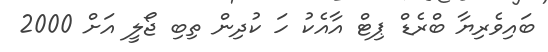
ބައިވެރިޔާ ބްރެޑް ޕިޓް އާއެކު ހަ ކުދިން ތިބި ޖޯލީ އަށް 2000